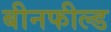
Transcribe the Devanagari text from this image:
बीनफील्ड